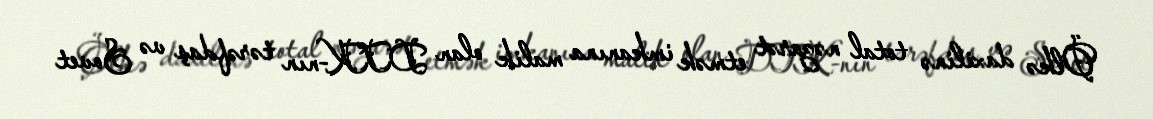
Ölkə daxilinə total nəzarət etmək imkanına malik olan DTK-nın tərəfdaş və Sovet